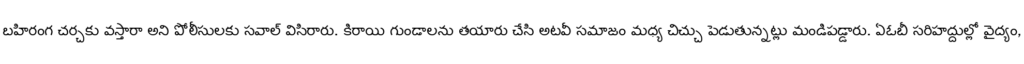
బహిరంగ చర్చకు వస్తారా అని పోలీసులకు సవాల్ విసిరారు. కిరాయి గుండాలను తయారు చేసి అటవీ సమాజం మధ్య చిచ్చు పెడుతున్నట్లు మండిపడ్డారు. ఏఓబీ సరిహద్దుల్లో వైద్యం,